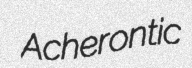
Acherontic